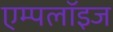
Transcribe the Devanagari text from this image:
एम्‍पलॉइज